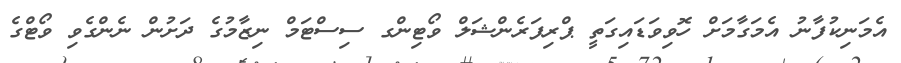
އެމަނިކުފާނު އެމަގާމަށް ހޮވިވަޑައިގަތީ ޕްރިފަރެންޝަލް ވޯޓިންގ ސިސްޓަމް ނިޒާމުގެ ދަށުން ނެންގެވި ވޯޓްގެ